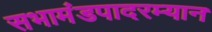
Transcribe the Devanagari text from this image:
सभामंडपादरम्यान